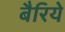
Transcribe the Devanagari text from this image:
बैरिये